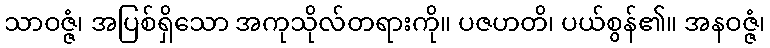
သာဝဇ္ဇံ၊ အပြစ်ရှိသော အကုသိုလ်တရားကို။ ပဇဟတိ၊ ပယ်စွန်၏။ အနဝဇ္ဇံ၊